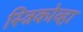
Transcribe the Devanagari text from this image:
स्त्रिकोव्हा